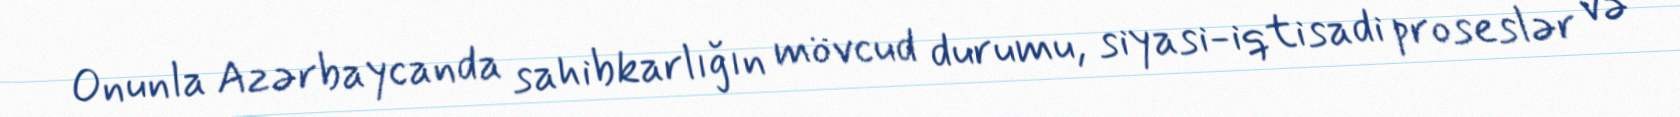
Onunla Azərbaycanda sahibkarlığın mövcud durumu, siyasi-iqtisadi proseslər və